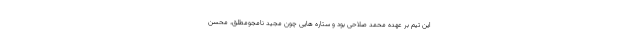
این تیم بر عهده محمد صلاحی بود و ستاره هایی چون مجید نامجومطلق، محسن